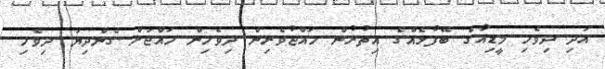
އަދި ދިވެހި މީޑިއާގެ ބޭފުޅެއްގެ އިތުރުން ހައްޖުވެރިން ދިވެހިން ހައްޖަށް ގެންދިޔަ ދިވެހި